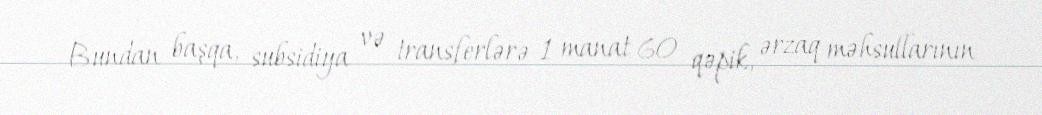
Bundan başqa, subsidiya və transferlərə 1 manat 60 qəpik, ərzaq məhsullarının